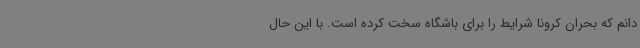
دانم که بحران کرونا شرایط را برای باشگاه سخت کرده است. با این حال